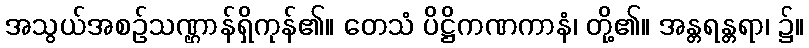
အသွယ်အစဉ်သဏ္ဌာန်ရှိကုန်၏။ တေသံ ပိဋ္ဌိကဏကာနံ၊ တို့၏။ အန္တရန္တရာ၊ ၌။